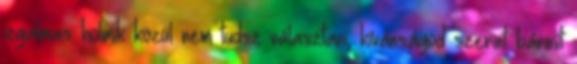
izgalmas holmik közül nem tudsz választani, kívánságod szerint bármit